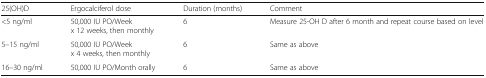
<table><thead><tr><td><b>25(OH)D</b></td><td><b>Ergocalciferol dose</b></td><td><b>Duration (months)</b></td><td><b>Comment</b></td></tr></thead><tbody><tr><td>&lt;5 ng/ml</td><td>50,000 IU PO/Weekx 12 weeks, then monthly</td><td>6</td><td>Measure 25-OH D after 6 month and repeat course based on level</td></tr><tr><td>5–15 ng/ml</td><td>50,000 IU PO/Weekx 4 weeks, then monthly</td><td>6</td><td>Same as above</td></tr><tr><td>16–30 ng/ml</td><td>50,000 IU PO/Month orally</td><td>6</td><td>Same as above</td></tr></tbody></table>